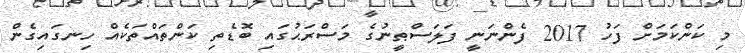
މި ކަންކަމަށް ފަހު 2017 ފެންނަނީ ފަލަސްޠީނުގެ މަސްރަޙުގައި ބޮޑެތި ކަންތައްތަކެއް ހިނގައިގެން